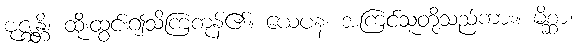
ဗုဇ္ဈန္တိ၊ ထိုးထွင်း၍သိကြကုန်၏။ ယေပန၊ အကြင်သူတို့သည်ကား။ မိစ္ဆာ၊